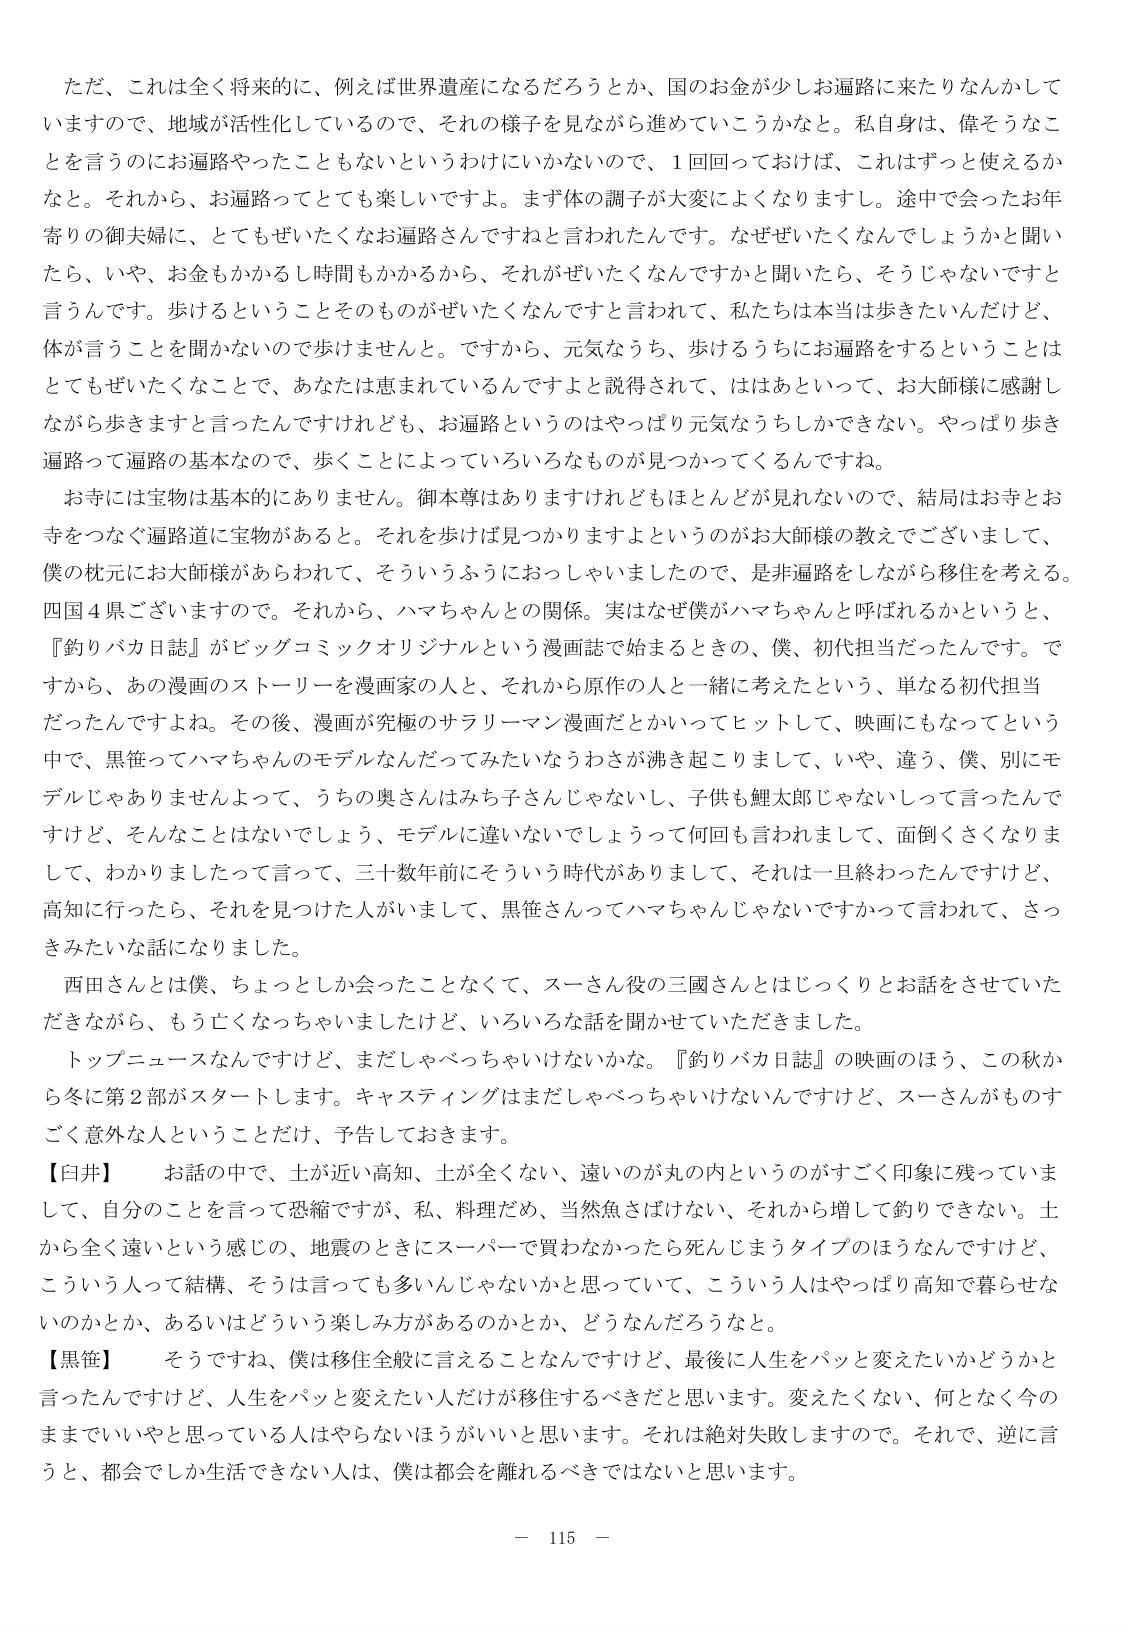
ただ、これは全く将来的に、例えば世界遺産になるだろうとか、国のお金が少しお遍路に来たりなんかしていますので、地域が活性化しているので、それの様子を見ながら進めていこうかなと。私自身は、偉そうなことを言うのにお遍路やったこともないというわけにいかないので、1回回っておけば、これはずっと使えるかなと。それから、お遍路ってとても楽しいですよ。まず体の調子が大変によくなりますし。途中で会ったお年寄りの御夫婦に、とてもぜいたくなお遍路さんですねと言われたんです。なぜぜいたくなんでしょうかと聞いたら、いや、お金もかかるし時間もかかるから、それがぜいたくなんですかと聞いたら、そうじゃないですと言うんです。歩けるということとそのものがぜいたくなんですと言われて、私たちは本当は歩きたいんだけど、体が言うことを聞かないので歩けませんと。ですから、元気ならち、歩けるうちにお遍路をするということはとてもぜいたくなことで、あなたは恵まれているんですよと説得されて、はあとといって、お大師様に感謝しながら歩きますと言ったんですけども、お遍路というのはやっぱり元気ならしかできない。やっぱり歩き遍路って遍路の基本なので、歩くことによっていろいろなものが見つかってくるんですね。

お寺には宝物は基本的にありません。御本尊はありますけれどもほとんどが見れないので、結局はお寺とお寺をつなぐ遍路道に宝物があると。それを歩けば見つかりますよというのがお大師様の教えでございまして、僕の枕元にお大師様があらわれて、そういうふうにおっしゃいましたので、是非遍路をしながら移住を考える。四国4県ございますので。それから、ハマちゃんと関係。実はなぜ僕がハマちゃんと呼ばれるかというと、『釣りバカ日誌』がビッグコミックオリジナルという漫画誌で始まるときの、僕、初代担当だったんです。ですから、あの漫画のストーリーを漫画家の人と、それから原作の人と一緒に考えたという、単なる初代担当だったんですよね。その後、漫画が究極のサラリーマン漫画だとかいってヒットして、映画にもなってという中で、黒笹ってハマちゃんのモデルなんだってみたいなうわさが沸き起こりまして、いや、違う、僕、別にモデルじゃありませんよって、うちの奥さんはみち子さんじゃないし、子供も鯉太郎じゃないしって言ったんですけど、そんなことはないでしょう、モデルに違いないでしょうって何回も言われまして、面倒くさくなりまして、わかりましたって言って、三十数年前にそういう時代がありまして、それは一旦終わったんですけど、高知に行ったら、それを見つけた人がいまして、黒笹さんってハマちゃんじゃないですかって言われて、さっきみたいな話になりました。

西田さんとは僕、ちょっとしか会ったことなくて、スーさん役の三國さんとはじっくりとお話をしていただいたきながら、もう亡くなっちゃいましたけど、いろいろな話を聞かせていただきました。

トップニュースなんですけど、まだしゃべっちゃいなぃかな。『釣りバカ日誌』の映画のほう、この秋から冬に第2部がスタートします。キャスティングはまだしゃべっちゃいけないんですけど、スーさんがものすごく意外な人ということだけ、予告しておきます。

【臼井】　お話の中で、土が近い高知、土が全くない、遠いのが丸の内というのがすごく印象に残っています。自分のことを言って恐縮ですが、私、料理だめ、当然魚さばけない、それから増して釣りできない。土から全く遠いという感じの、地震のときにスーパーで買わなかったら死んじまうタイプのほうなんですけど、こういう人って結構、そうは言っても多いんじゃないかなと思っていて、こういう人はやっぱり高知で暮らせないのかとか、あるいはどういう楽しみ方があるのかとか、どうなんだろうなと。

【黒笹】　そうですな、僕は移住全般に言えることなんですけど、最後に人生をパッと変えたいかどうかと言ったんですけど、人生をパッと変えたい人だけが移住するべきだと思います。変えたくない、何となく今のままでいいやと思っている人はやらないほうがいいと思います。それは絶対失敗しますので。それで、逆に言うと、都会でしか生活できない人は、僕は都会を離れるべきではないと思います。

－ 115 －